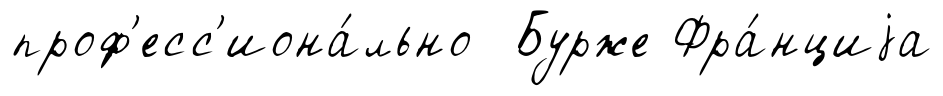
проф'есс'иона́льно Бурже Фра́нциjа